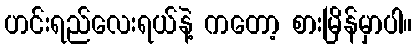
ဟင်းရည်လေးရယ်နဲ့ ကတော့ စားမြိန်မှာပါ။